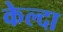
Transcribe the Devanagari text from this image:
केल्दा